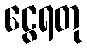
ငွေရတု